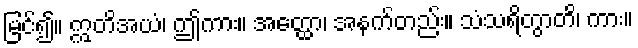
မြင်၍။ ဣတိအယံ၊ ဤကား။ အတ္ထော၊ အနက်တည်း။ သံသရိတွာတိ၊ ကား။